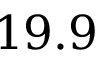
1 9 . 9